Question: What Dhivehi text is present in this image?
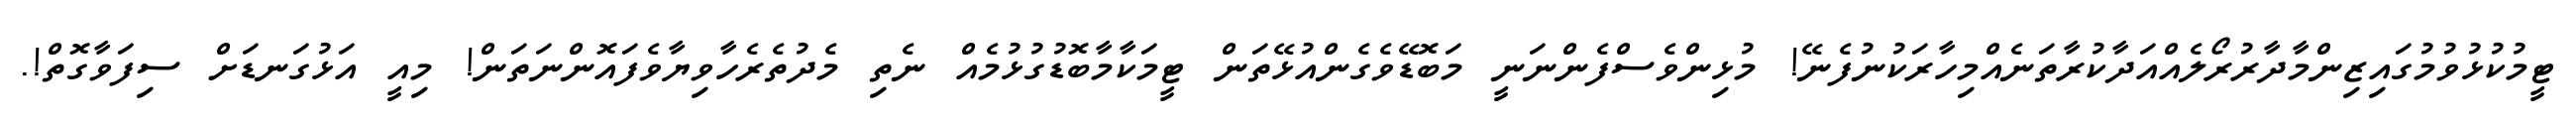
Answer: ޓީމުކުޅުވުމުގައިޒިންމާދާރުރޯލެއްއަދާކުރާތަނެއްމިހާރަކުނުފެނޭ! މުޅިންވެސްފެންނަނީ މަބޮޑޭވެގެންއުޅޭތަން ޓީމަކާމާބޮޑުގުޅުމެއް ނެތި މެދުތެރެހާވިޔާވެފައޮންނަތަން! މިއީ އަޅުގަނޑަށް ސިފަވާގޮތް!.